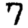
Digit: 7